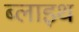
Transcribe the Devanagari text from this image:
ब्लाइथ